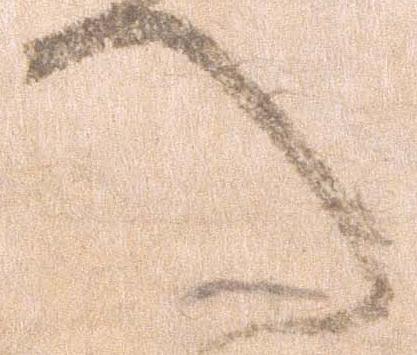
へ